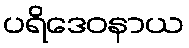
ပရိဒေဝနာယ